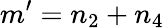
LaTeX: m^{\prime}=n_{2}+n_{4}